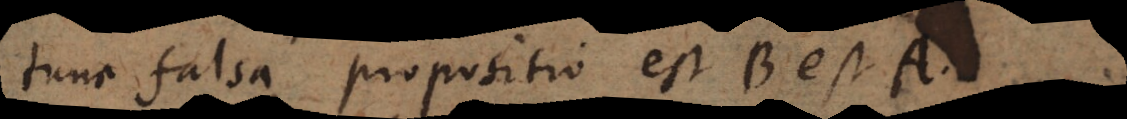
tunc falsa propositio est B est A.